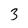
Character: 3